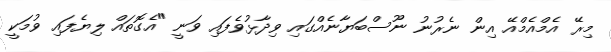
މިރޭ އެމްއެމްއޭ އިން ނެރުނު ނޫސްބަޔާނެއްގައި ވިދާޅުވެފައި ވަނީ "އެގޮތައް ލިޔެފައި ވުމަކީ